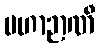
မဟာဉာဏီ